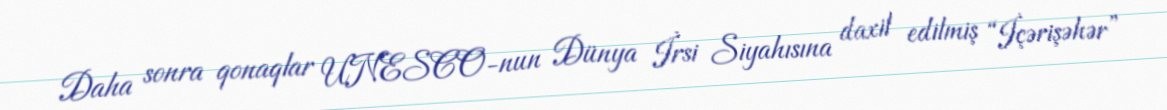
Daha sonra qonaqlar UNESCO-nun Dünya İrsi Siyahısına daxil edilmiş “İçərişəhər”